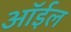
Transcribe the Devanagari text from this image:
ऑर्इल